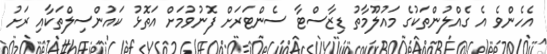
އެހެންވެ އެ ގެއްލުންތަކުގެ މައުލޫމާތު ޑިޒާސްޓާ ސެންޓަރަށް ފޮނުވުމަށް އަތޮޅު ކައުންސިލްތަކާއި ރަށު